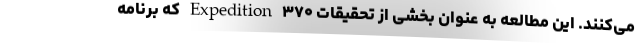
می‌کنند. این مطالعه به عنوان بخشی از تحقیقات Expedition ۳۷۰ که برنامه